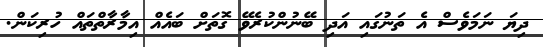
ދިޔަ ނަމަވެސް އެ ތަނުގައި އަދި ބޭނުންކުރެވޭ ގޮތަށް ބައެއް އިމާރާތްތައް ހުރިކަން.